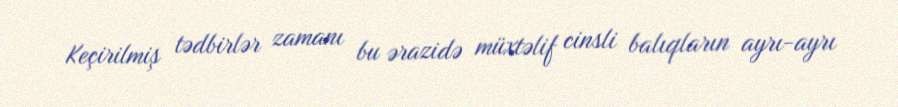
Keçirilmiş tədbirlər zamanı bu ərazidə müxtəlif cinsli balıqların ayrı-ayrı